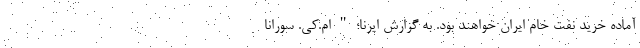
آماده خرید نفت خام ایران خواهند بود. به گزارش ایرنا؛‌ " ام.کی. سورانا